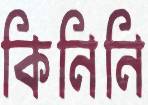
কিনিনি